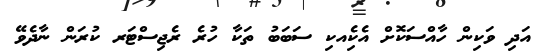
އަދި ވަކިން ހާއްސަކޮށް އެކިެއކި ސަބަބު ތަކާ ހުރެ ރެޖިސްޓަރ ކުރަން ނާދެވޭ